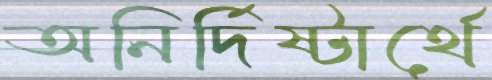
অনির্দিষ্টার্থে